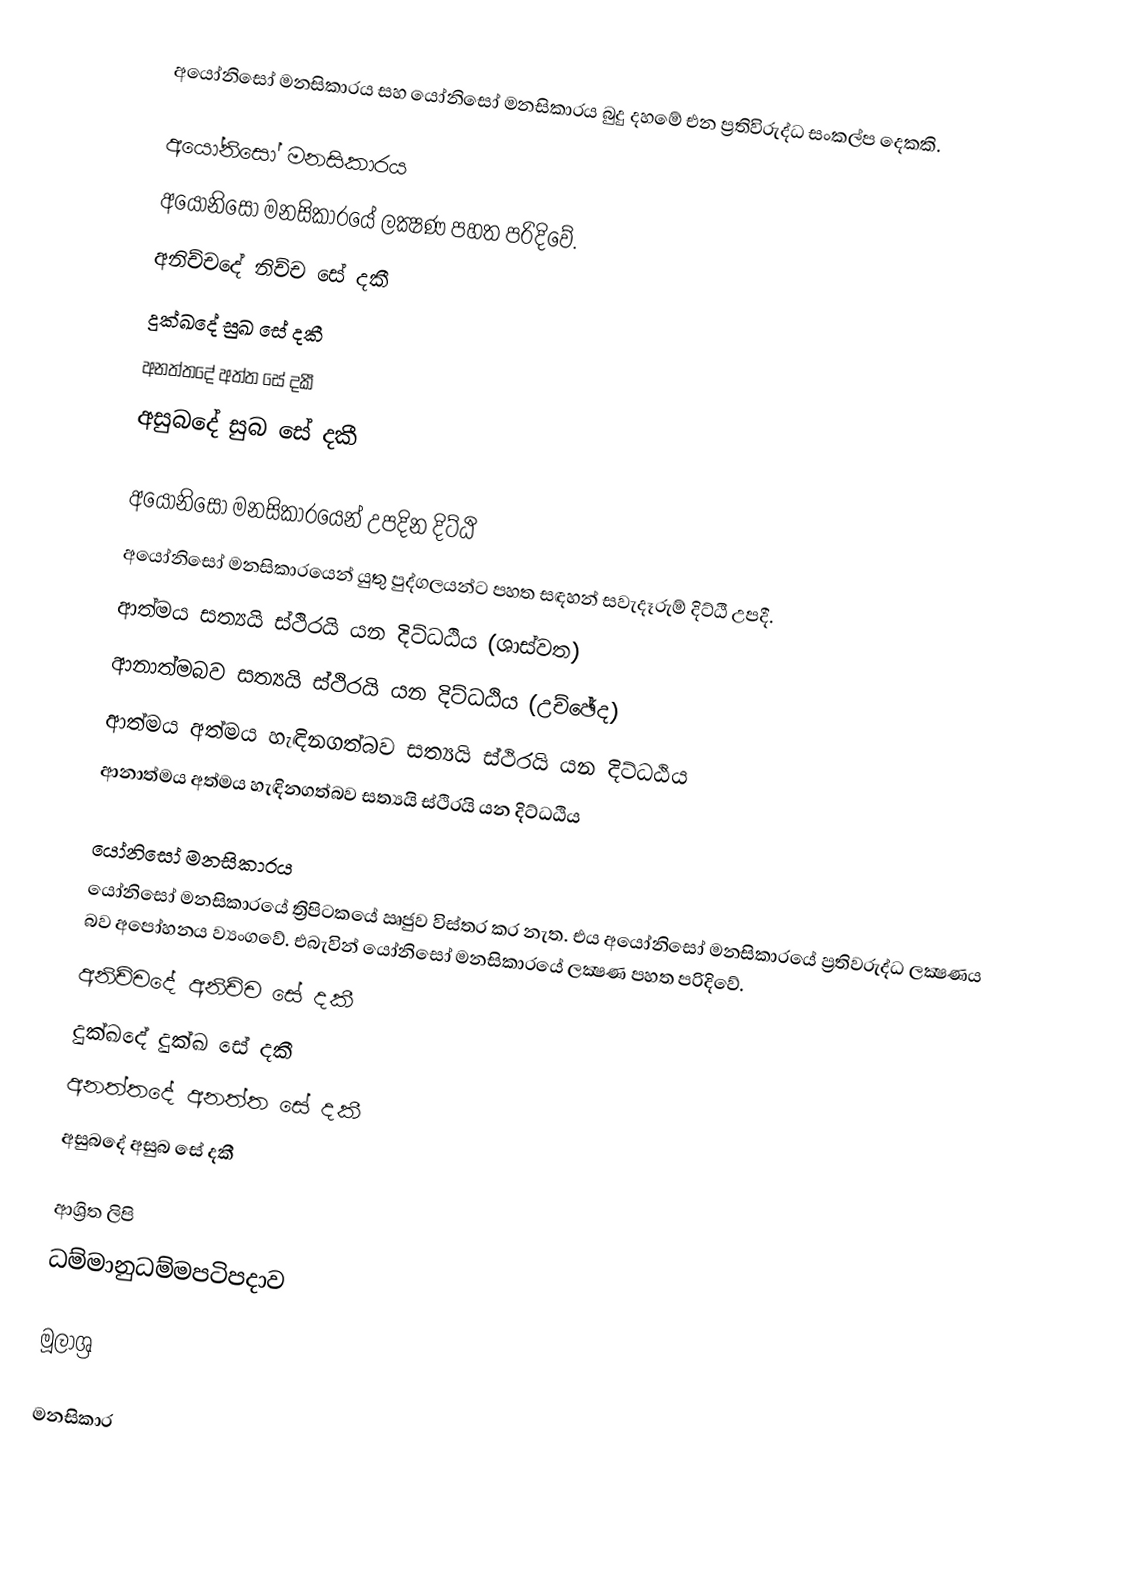
අයෝනිසෝ මනසිකාරය සහ යෝනිසෝ මනසිකාරය බුදු දහමේ එන ප්‍රතිවිරුද්ධ සංකල්ප දෙකකි.

අයෝනිසෝ මනසිකාරය
අයෝනිසෝ මනසිකාරයේ ලක්‍ෂණ පහත පරිදිවේ.
  අනිච්චදේ නිච්ච සේ දකී
  දුක්ඛදේ සුඛ සේ දකී
  අනත්තදේ අත්ත සේ දකී
  අසුබදේ සුබ සේ දකී

අයෝනිසෝ මනසිකාරයෙන් උපදින දිට්ඨි
අයෝනිසෝ මනසිකාරයෙන් යුතු පුද්ගලයන්ට පහත සඳහන් සවැදෑරුම් දිට්ඨි උපදී.
 ආත්මය සත්‍යයි ස්ථිරයි යන දිට්ධඨිය (ශාස්වත)
 ආනාත්මබව සත්‍යයි ස්ථිරයි යන දිට්ධඨිය (උච්ඡේද)
 ආත්මය අත්මය හැඳිනගත්බව සත්‍යයි ස්ථිරයි යන දිට්ධඨිය
 ආනාත්මය අත්මය හැඳිනගත්බව සත්‍යයි ස්ථිරයි යන දිට්ධඨිය

යෝනිසෝ මනසිකාරය
යෝනිසෝ මනසිකාරයේ ත්‍රිපිටකයේ ඍජුව විස්තර කර නැත. එය අයෝනිසෝ මනසිකාරයේ ප්‍රතිවරුද්ධ ලක්‍ෂණය බව අපෝහනය ව්‍යංගවේ. එබැවින් යෝනිසෝ මනසිකාරයේ ලක්‍ෂණ පහත පරිදිවේ.
  අනිච්චදේ අනිච්ච සේ දකී
  දුක්ඛදේ දුක්ඛ සේ දකී
  අනත්තදේ අනත්ත සේ දකී
  අසුබදේ අසුබ සේ දකී

ආශ්‍රිත ලිපි
 ධම්මානුධම්මපටිපදාව

මූලාශ්‍ර

මනසිකාර